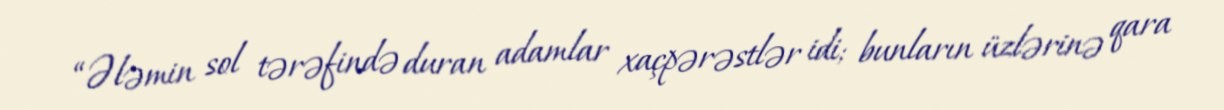
“Ələmin sol tərəfində duran adamlar xaçpərəstlər idi; bunların üzlərinə qara